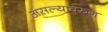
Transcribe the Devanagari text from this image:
असल्यावरुन